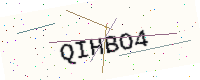
Text: QIHBO4